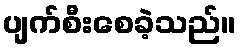
ပျက်စီးစေခဲ့သည်။